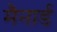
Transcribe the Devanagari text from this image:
मैनार्ड